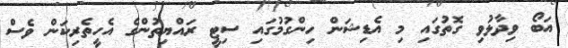
އަބޯ ވިދާޅުވި ގޮތުގައި މި އެޑިޝަން ހިންގުމުގައި ސިޓީ ރައްޔިތުންގެ އެހީތެރިކަން ވެސް